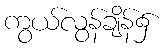
ကွယ်လွန်ချိန်၌